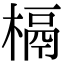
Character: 槅